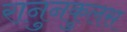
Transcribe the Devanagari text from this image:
रानुनकुलस